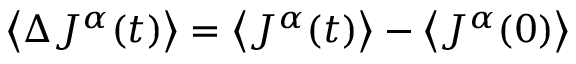
\left< \Delta J ^ { \alpha } ( t ) \right> = \left< J ^ { \alpha } ( t ) \right> - \left< J ^ { \alpha } ( 0 ) \right>